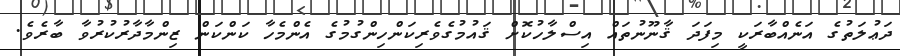
ދަޢުލަތުގެ އަނެއްބާރަކީ މިފަދަ ޤާނޫނުތައް އިސްލާހުކޮށް ޤައުމުގެވެރިކަންހިންގުމުގެ އެންމެހާ ކަންކަން ޒިންމާދާރުކުރުވާ ބާރެވެ.